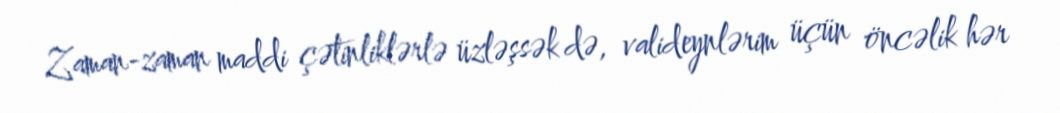
Zaman-zaman maddi çətinliklərlə üzləşsək də, valideynlərim üçün öncəlik hər